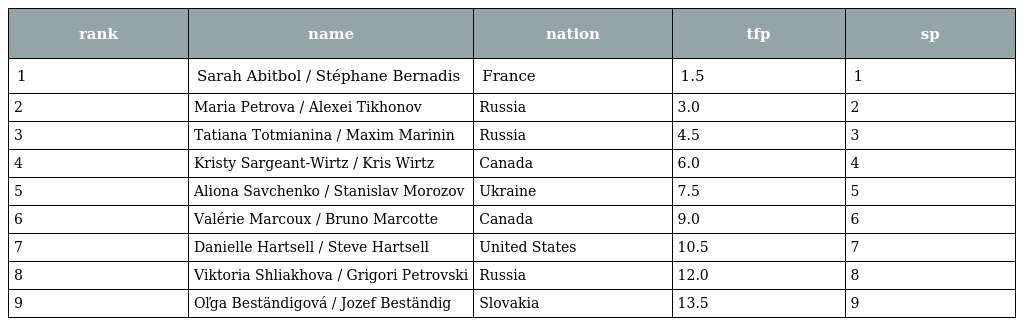
| rank | name | nation | tfp | sp |
 | --- | --- | --- | --- | --- |
 | 1 | Sarah Abitbol / Stéphane Bernadis | France | 1.5 | 1 |
 | 2 | Maria Petrova / Alexei Tikhonov | Russia | 3.0 | 2 |
 | 3 | Tatiana Totmianina / Maxim Marinin | Russia | 4.5 | 3 |
 | 4 | Kristy Sargeant-Wirtz / Kris Wirtz | Canada | 6.0 | 4 |
 | 5 | Aliona Savchenko / Stanislav Morozov | Ukraine | 7.5 | 5 |
 | 6 | Valérie Marcoux / Bruno Marcotte | Canada | 9.0 | 6 |
 | 7 | Danielle Hartsell / Steve Hartsell | United States | 10.5 | 7 |
 | 8 | Viktoria Shliakhova / Grigori Petrovski | Russia | 12.0 | 8 |
 | 9 | Oľga Beständigová / Jozef Beständig | Slovakia | 13.5 | 9 |